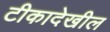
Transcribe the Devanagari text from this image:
टीकादेखील